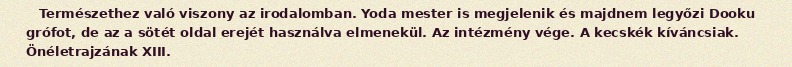
Természethez való viszony az irodalomban. Yoda mester is megjelenik és majdnem legyőzi Dooku grófot, de az a sötét oldal erejét használva elmenekül. Az intézmény vége. A kecskék kíváncsiak. Önéletrajzának XIII.